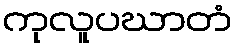
ကုလူပဃာတံ